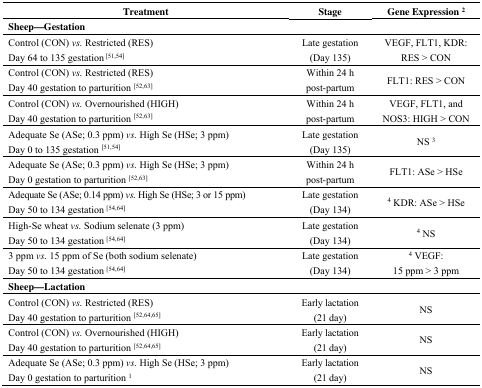
<table><thead><tr><td><b>Treatment</b></td><td><b>Stage</b></td><td><b>Gene Expression <sup>2</sup></b></td></tr></thead><tbody><tr><td><b>Sheep—Gestation</b></td><td></td><td></td></tr><tr><td>Control (CON) <i>vs.</i> Restricted (RES)Day 64 to 135 gestation <sup>[51,54]</sup></td><td>Late gestation (Day 135)</td><td>VEGF, FLT1, KDR: RES &gt; CON</td></tr><tr><td>Control (CON) <i>vs.</i> Restricted (RES)Day 40 gestation to parturition <sup>[52,63]</sup></td><td>Within 24 h post-partum</td><td>FLT1: RES &gt; CON</td></tr><tr><td>Control (CON) <i>vs.</i> Overnourished (HIGH)Day 40 gestation to parturition <sup>[52,63]</sup></td><td>Within 24 h post-partum</td><td>VEGF, FLT1, and NOS3: HIGH &gt; CON</td></tr><tr><td>Adequate Se (ASe; 0.3 ppm) <i>vs.</i> High Se (HSe; 3 ppm)Day 0 to 135 gestation <sup>[51,54]</sup></td><td>Late gestation (Day 135)</td><td>NS <sup>3</sup></td></tr><tr><td>Adequate Se (ASe; 0.3 ppm) <i>vs.</i> High Se (HSe; 3 ppm)Day 0 gestation to parturition <sup>[52,63]</sup></td><td>Within 24 h post-partum</td><td>FLT1: ASe &gt; HSe</td></tr><tr><td>Adequate Se (ASe; 0.14 ppm) <i>vs.</i> High Se (HSe; 3 or 15 ppm)Day 50 to 134 gestation <sup>[54,64]</sup></td><td>Late gestation (Day 134)</td><td><sup>4</sup> KDR: ASe &gt; HSe</td></tr><tr><td>High-Se wheat <i>vs.</i> Sodium selenate (3 ppm)Day 50 to 134 gestation <sup>[54,64]</sup></td><td>Late gestation (Day 134)</td><td><sup>4</sup> NS</td></tr><tr><td>3 ppm <i>vs.</i> 15 ppm of Se (both sodium selenate)Day 50 to 134 gestation <sup>[54,64]</sup></td><td>Late gestation (Day 134)</td><td><sup>4</sup> VEGF: 15 ppm &gt; 3 ppm</td></tr><tr><td><b>Sheep—Lactation</b></td><td></td><td></td></tr><tr><td>Control (CON) <i>vs.</i> Restricted (RES)Day 40 gestation to parturition <sup>[52,64,65]</sup></td><td>Early lactation (21 day)</td><td>NS</td></tr><tr><td>Control (CON) <i>vs.</i> Overnourished (HIGH)Day 40 gestation to parturition <sup>[52,64,65]</sup></td><td>Early lactation (21 day)</td><td>NS</td></tr><tr><td>Adequate Se (ASe; 0.3 ppm) <i>vs.</i> High Se (HSe; 3 ppm)Day 0 gestation to parturition <sup>1</sup></td><td>Early lactation (21 day)</td><td>NS</td></tr></tbody></table>